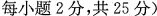
每小题2分,共25分)